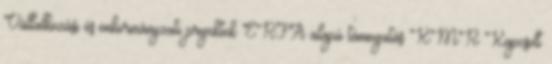
Vállalkozási és önkormányzati projektek ERFA alapú támogatás KMR Kapcsolt